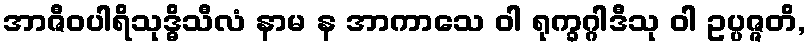
အာဇီဝပါရိသုဒ္ဓိသီလံ နာမ န အာကာသေ ဝါ ရုက္ခဂ္ဂါဒီသု ဝါ ဥပ္ပဇ္ဇတိ,